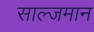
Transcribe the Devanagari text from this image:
साल्जमान